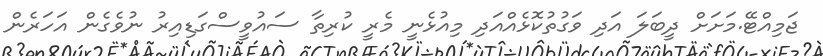
ޖަމިއްޓޭ.މަށަށް ދީބަލަ އަދި ވަގުތުކޮޅެއްއަދި މިއުޅެނީ މެރީ ކުރިތާ ސައުވީސްގަޑިއިރު ނުވެގެން އަހަރެން